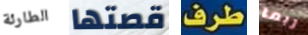
الطارئة قصتها طرف ربما